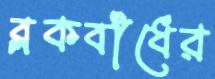
ব্লকবাঁধের